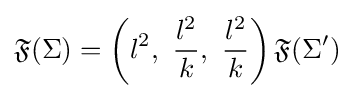
{\mathfrak {F}}(\Sigma )=\left(l^{2},\ {\frac {l^{2}}{k}},\ {\frac {l^{2}}{k}}\right){\mathfrak {F}}(\Sigma ')